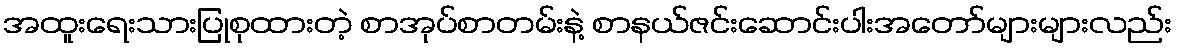
အထူးရေးသားပြုစုထားတဲ့ စာအုပ်စာတမ်းနဲ့ စာနယ်ဇင်းဆောင်းပါးအတော်များများလည်း